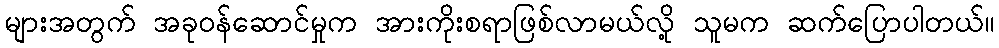
များအတွက် အခုဝန်ဆောင်မှုက အားကိုးစရာဖြစ်လာမယ်လို့ သူမက ဆက်ပြောပါတယ်။